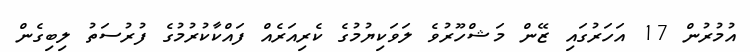
އުމުރުން 17 އަހަރުގައި ޒޭން މަޝްހޫރުވެ ލަވަކިޔުމުގެ ކެރިއަރެއް ފައްކާކުރުމުގެ ފުރުސަތު ލިބިގެން